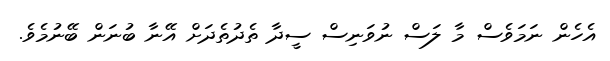
އެހެން ނަމަވެސް މާ ލަސް ނުވަނިސް ސީދާ ތެދުތެދަށް އޭނާ ބުނަން ބޭނުމެވެ.